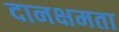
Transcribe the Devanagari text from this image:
दानक्षमता